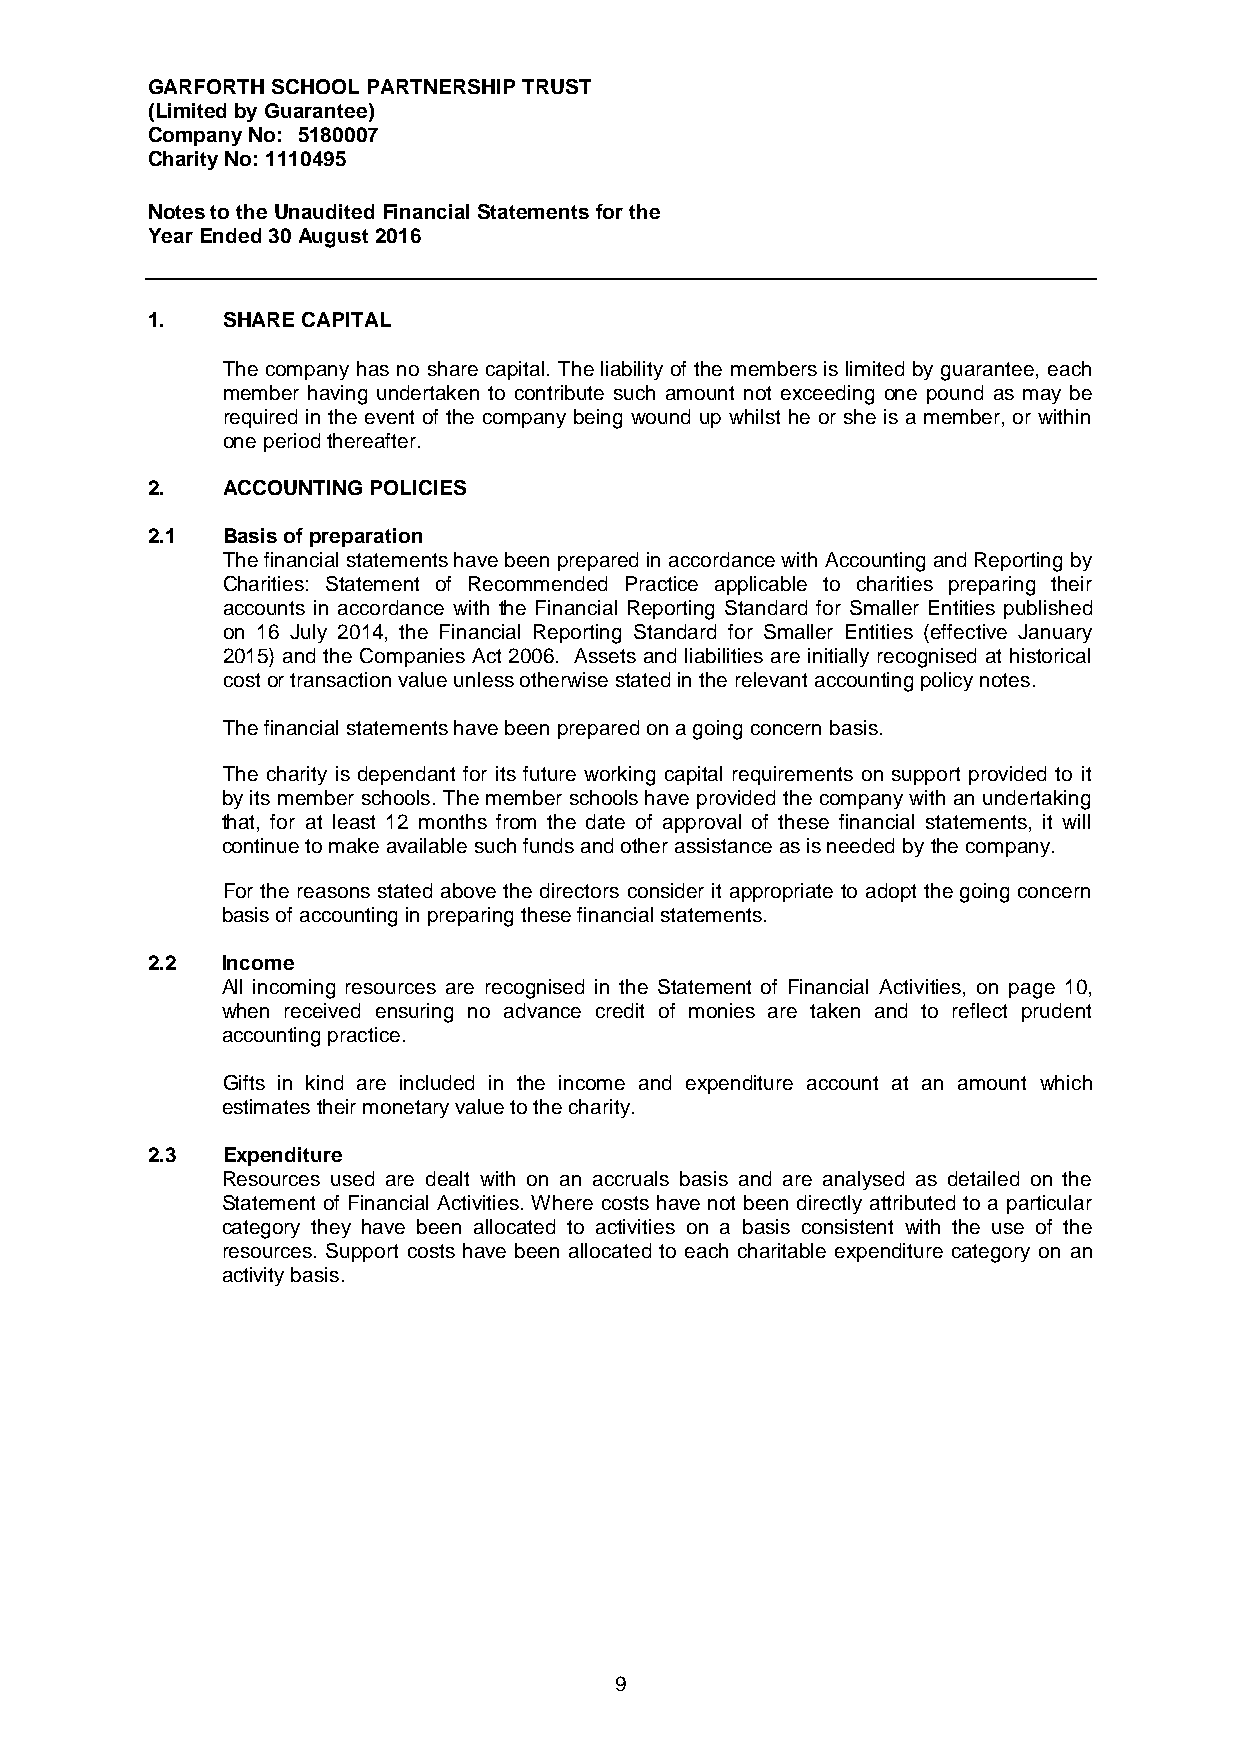
GARFORTH SCHOOL PARTNERSHIP TRUST
 (Limited by Guarantee)
 Company No: 5180007
 Charity No: 1110495
 Notes to the Unaudited Financial Statements for the
 Year Ended 30 August 2016
 1.   SHARE CAPITAL
 The company has no share capital. The liability of the members is limited by guarantee, each
 member having undertaken to contribute such amount not exceeding one pound as may be
 required in the event of the company being wound up whilst he or she is a member, or within
 one period thereafter.
 2.   ACCOUNTING POLICIES
 2.1  Basis of preparation
 The financial statements have been prepared in accordance with Accounting and Reporting by
 Charities: Statement of Recommended Practice applicable to charities preparing their
 accounts in accordance with the Financial Reporting Standard for Smaller Entities published
 on 16 July 2014, the Financial Reporting Standard for Smaller Entities (effective January
 2015) and the Companies Act 2006. Assets and liabilities are initially recognised at historical
 cost or transaction value unless otherwise stated in the relevant accounting policy notes.
 The financial statements have been prepared on a going concern basis.
 The charity is dependant for its future working capital requirements on support provided to it
 by its member schools. The member schools have provided the company with an undertaking
 that, for at least 12 months from the date of approval of these financial statements, it will
 continue to make available such funds and other assistance as is needed by the company.
 For the reasons stated above the directors consider it appropriate to adopt the going concern
 basis of accounting in preparing these financial statements.
 2.2  Income
 All incoming resources are recognised in the Statement of Financial Activities, on page 10,
 when received ensuring no advance credit of monies are taken and to reflect prudent
 accounting practice.
 Gifts in kind are included in the income and expenditure account at an amount which
 estimates their monetary value to the charity.
 2.3  Expenditure
 Resources used are dealt with on an accruals basis and are analysed as detailed on the
 Statement of Financial Activities. Where costs have not been directly attributed to a particular
 category they have been allocated to activities on a basis consistent with the use of the
 resources. Support costs have been allocated to each charitable expenditure category on an
 activity basis.
 9